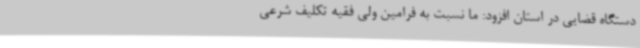
دستگاه قضایی در استان افزود: ما نسبت به فرامین ولی فقیه تکلیف شرعی